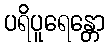
ပရိပူရေန္တော